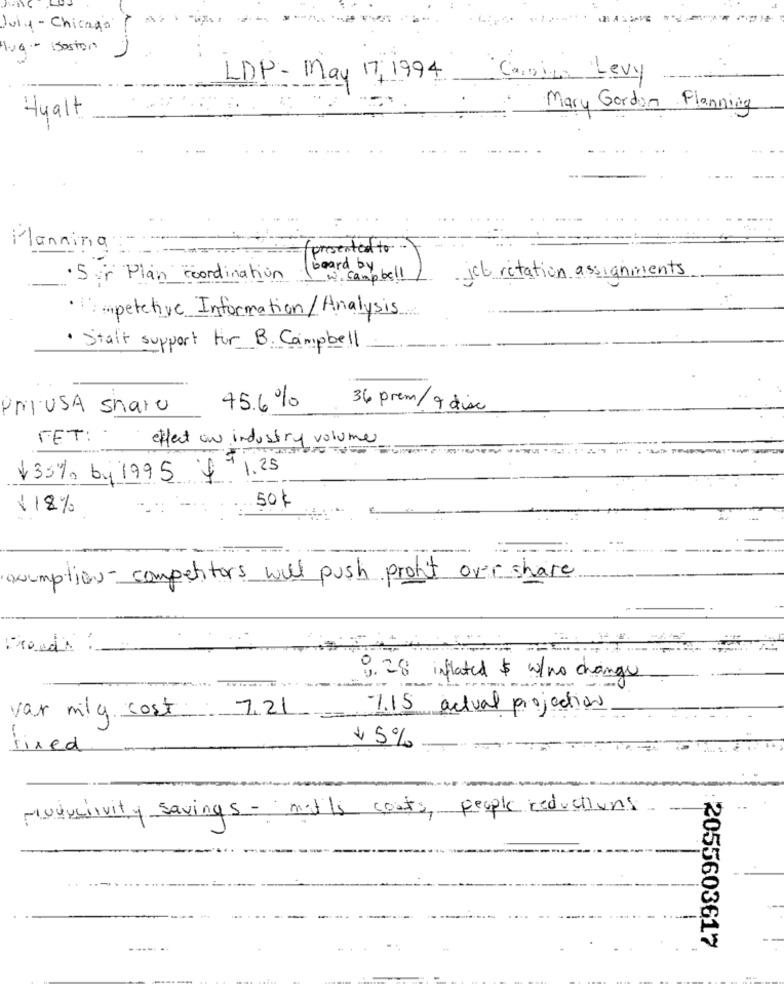
July -Chicago
lug .- sosion
LDP - May 17, 1994
Canine Levy
Mary Gordon Planning
Hyalt
Planning
(presented to .
board by
·5 Plan coordination
w. campbell
jet rotation assignments
apetetive Information/ Analysis
· Staff support for B. Campbell
PriUSA share
45.6%
36 prem/ 9 disc
FET:
effect on industry volume
$ 35% by 1995 + 1.25
50 $
118%
quemption- competitors will push profit over share
Prends
0.28 inflated $ w/no change
7.15 actual projections
var mily cost
721
-
fixed
1 5%
productivity savings - mails costs, people reductions
-
2055603617